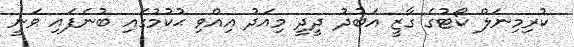
ކުރިމިނަލް ކޯޓުގެ ގާޒީ އަބުދު ދީދީ މިއަދު އިއްވި ޙުކުމުގައި ބުނެފައި ވަނީ